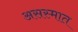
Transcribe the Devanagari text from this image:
असस्मात